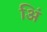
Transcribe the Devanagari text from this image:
अिं